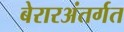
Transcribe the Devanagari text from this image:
बेरारअंतर्गत